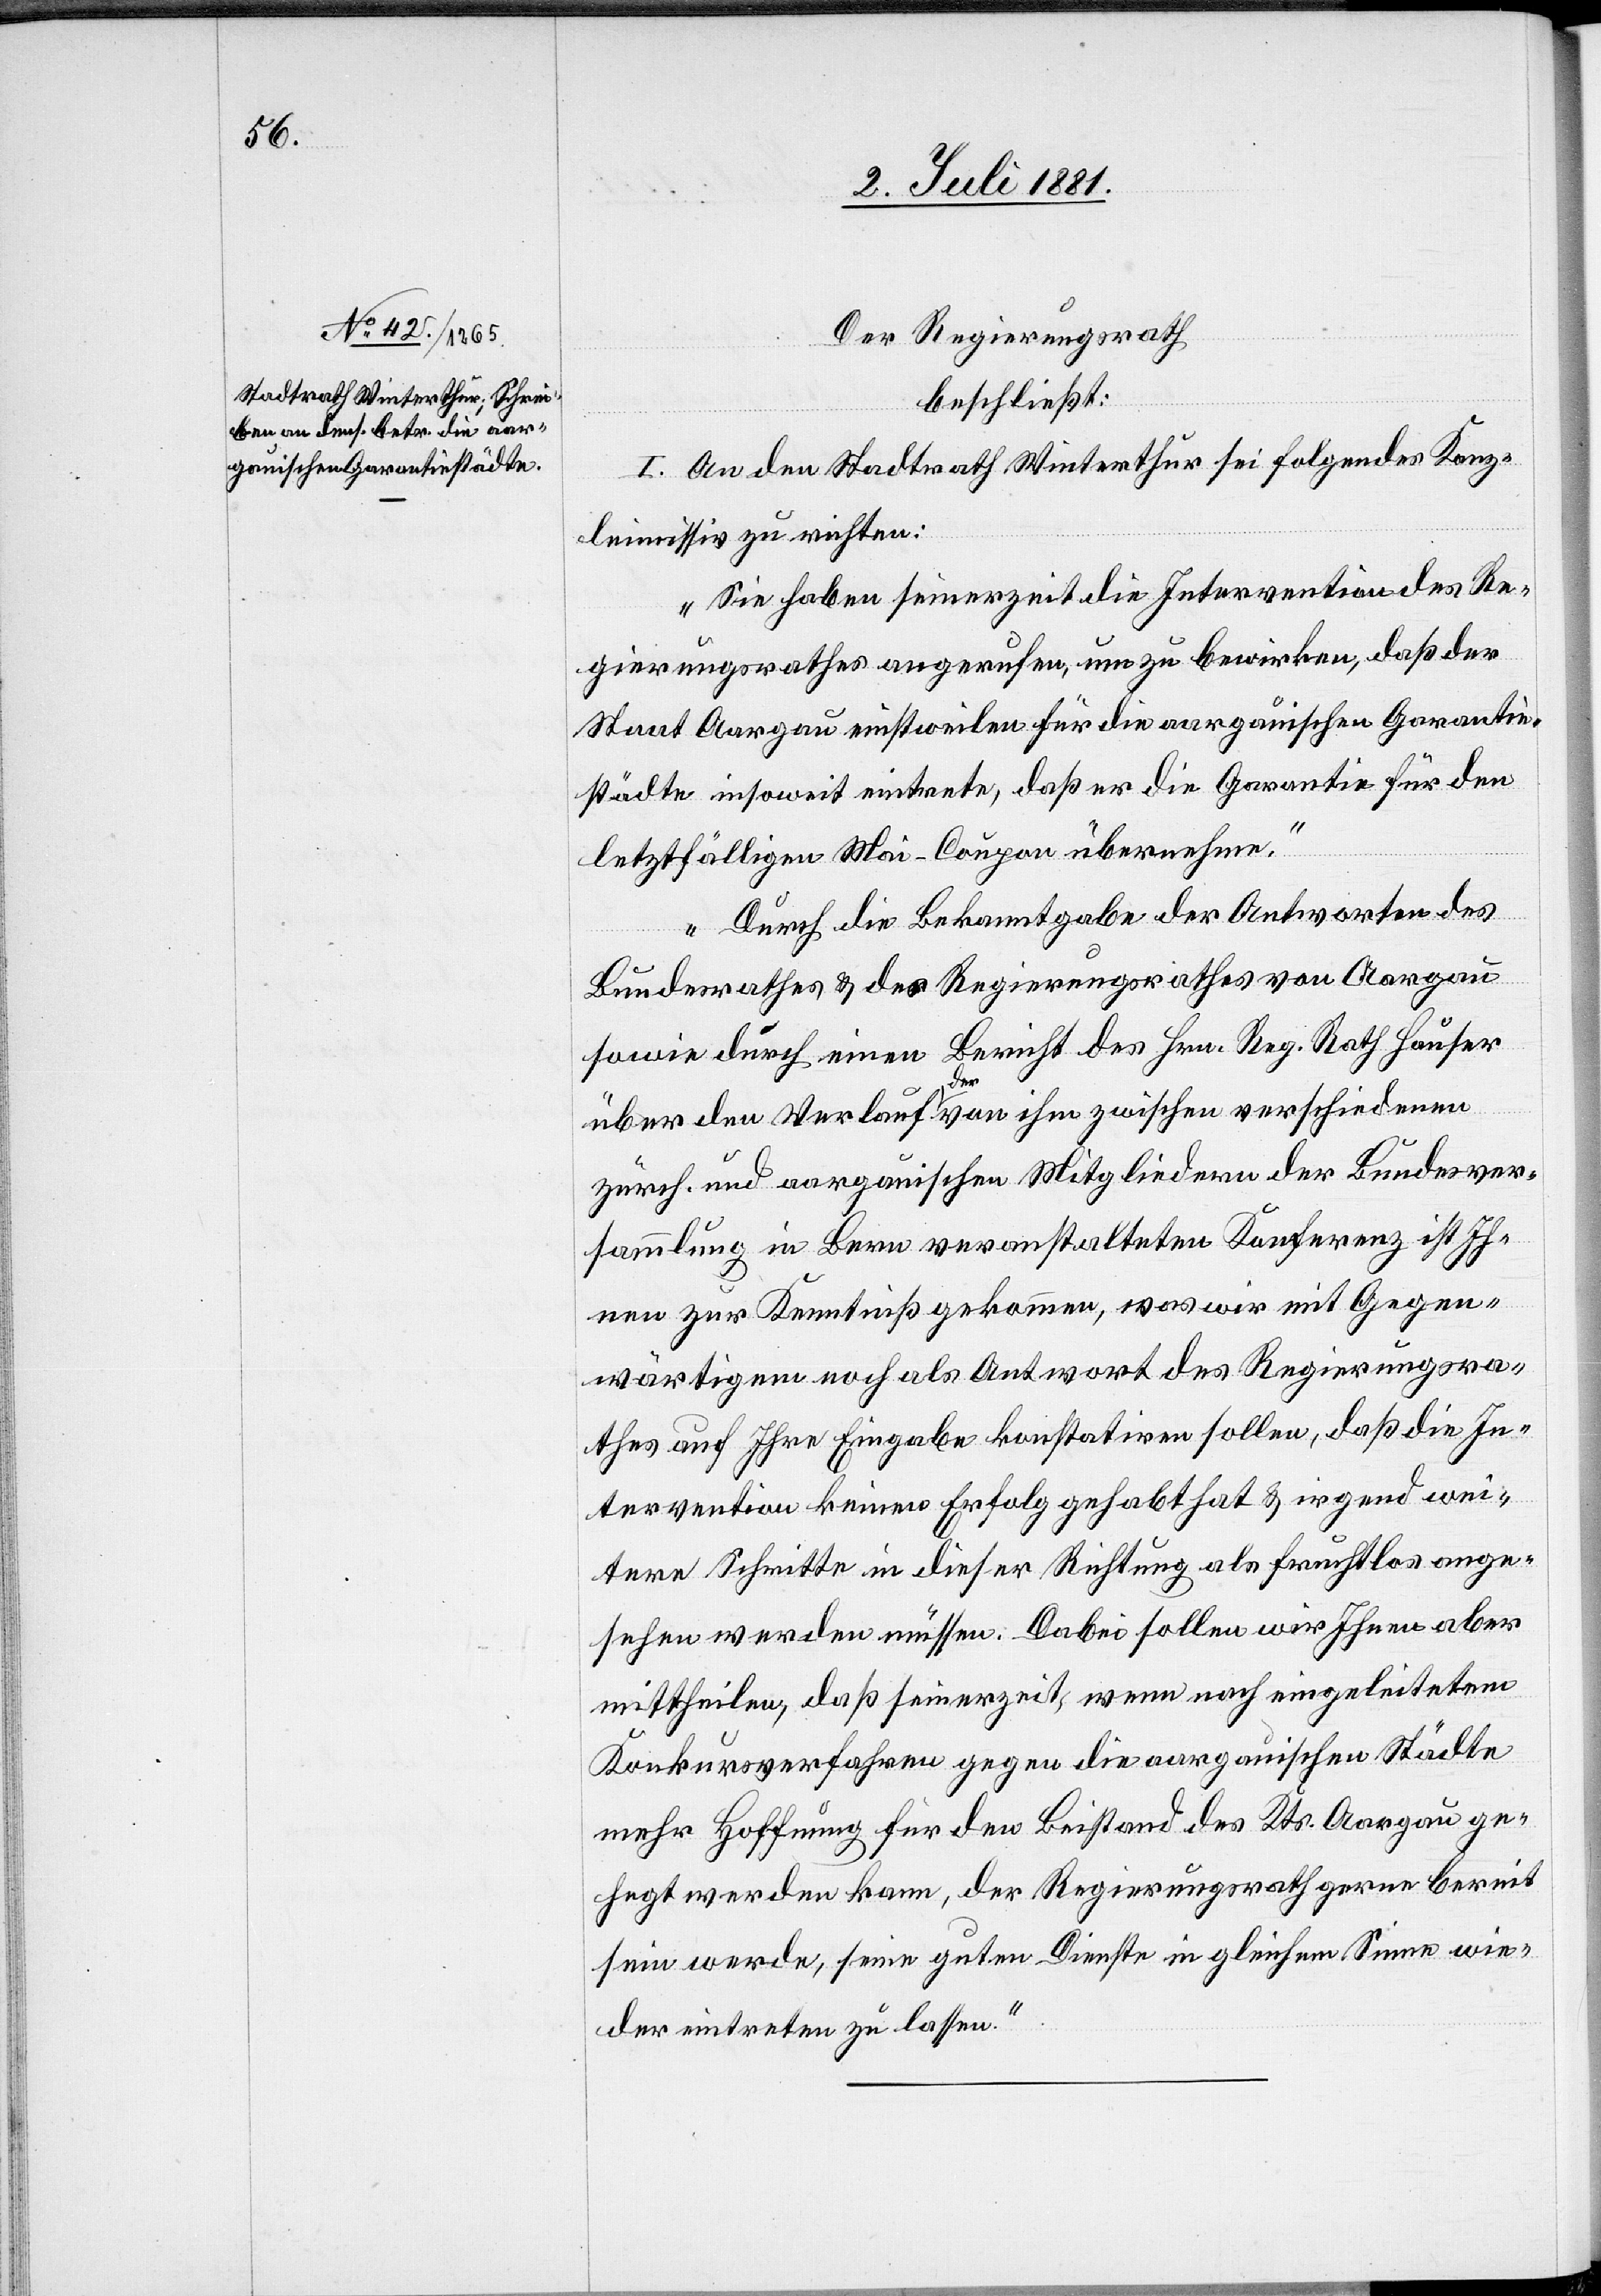
Der Regierungsrath
beschließt:
I. An den Stadtrath Winterthur sei folgendes Kanz¬
leimissiv zu richten:
„Sie haben seinerzeit die Intervention des Re¬
gierungsrathes angerufen, um zu bewirken, daß der
Staat Aargau einstweilen für die aargauischen Garantie¬
städte insoweit eintrete, daß er die Garantie für den
letztfälligen Mai-Coupon übernehme.
Durch die Bekanntgabe der Antworten des
Bundesrathes & des Regierungsrathes von Aargau
sowie durch einen Bericht des Hrn. Reg. Rath Hauser
über den Verlauf der von ihm zwischen verschiedenen
zürch. und aargauischen Mitgliedern der Bundesver¬
sammlung in Bern veranstalteten Konferenz ist Ih¬
nen zur Kenntniß gekommen, was wir mit Gegen¬
wärtigem noch als Antwort des Regierungsra¬
thes auf Ihre Eingabe konstatiren sollen, daß die In¬
tervention keinen Erfolg gehabt hat & irgend wei¬
tere Schritte in dieser Richtung als fruchtlos ange¬
sehen werden müssen. Dabei sollen wir Ihnen aber
mittheilen, daß seinerzeit, wenn nach eingeleitetem
Konkursverfahren gegen die aargauischen Städte
mehr Hoffnung für den Beistand des Kts. Aargau ge¬
hegt werden kann, der Regierungsrath gerne bereit
sein werde, seine guten Dienste in gleichem Sinne wie¬
der eintreten zu lassen.“